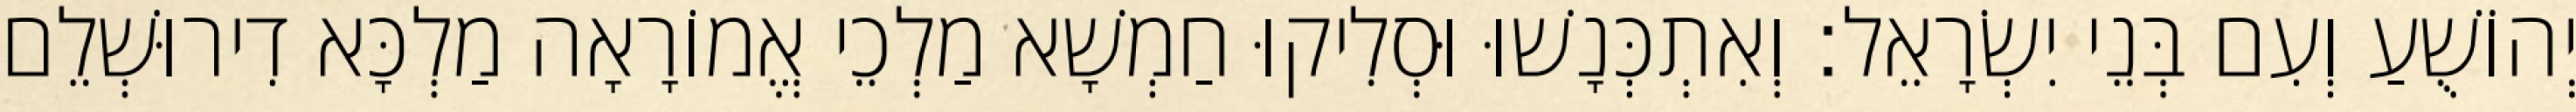
יְהוֹשֻׁעַ וְעִם בְּנֵי יִשְׂרָאֵל׃ וְאִתְכְּנָשׁוּ וּסְלִיקוּ חַמְשָׁא מַלְכֵי אֱמוֹרָאָה מַלְכָּא דִירוּשְׁלֵם